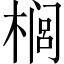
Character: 榈